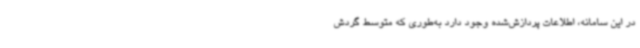
در این سامانه، اطلاعات پردازش‌شده وجود دارد به‌طوری که متوسط گردش